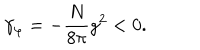
\gamma _ { \varphi } = - \frac { N } { 8 \pi } g ^ { 2 } < 0 .